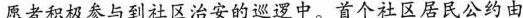
愿者积极参与到社区治安的巡逻中。首个社区居民公约由